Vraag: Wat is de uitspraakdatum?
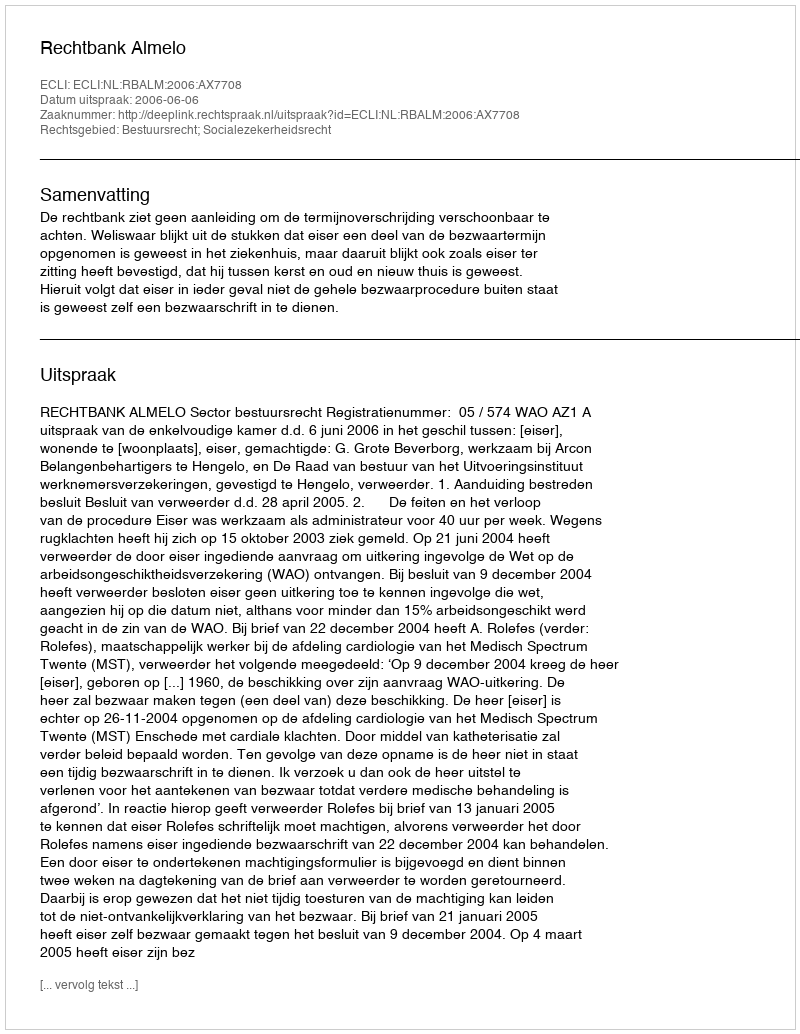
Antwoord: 2006-06-06